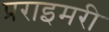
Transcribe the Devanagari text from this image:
प्रराइमरी